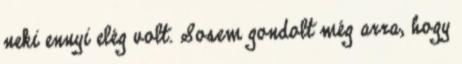
neki ennyi elég volt. Sosem gondolt még arra, hogy